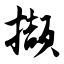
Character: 撷